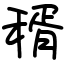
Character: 稰